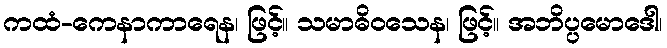
ကထံ-ကေနာကာရေန၊ ဖြင့်။ သမာဓိဝသေန၊ ဖြင့်။ အဘိပ္ပမောဒေါ၊